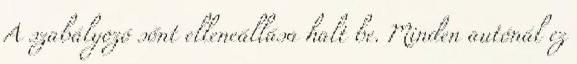
A szabályozó sőnt elleneállása halt be. Minden autónál ez